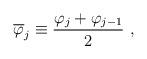
LaTeX: \begin{align*}\overline\varphi_j\equiv{\varphi_j+\varphi_{j-1}\over2}\ ,\end{align*}